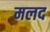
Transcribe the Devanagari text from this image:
मलद